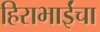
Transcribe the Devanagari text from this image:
हिराभाईंचा